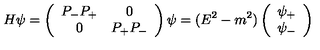
H \psi = \left( \begin{array} { c c } { P _ { - } P _ { + } } & { 0 } \\ { 0 } & { P _ { + } P _ { - } } \\ \end{array} \right) \psi = ( E ^ { 2 } - m ^ { 2 } ) \left( \begin{array} { c } { \psi _ { + } } \\ { \psi _ { - } } \\ \end{array} \right)